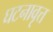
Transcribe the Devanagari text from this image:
घटनावृत्त